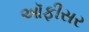
ઑફીસર